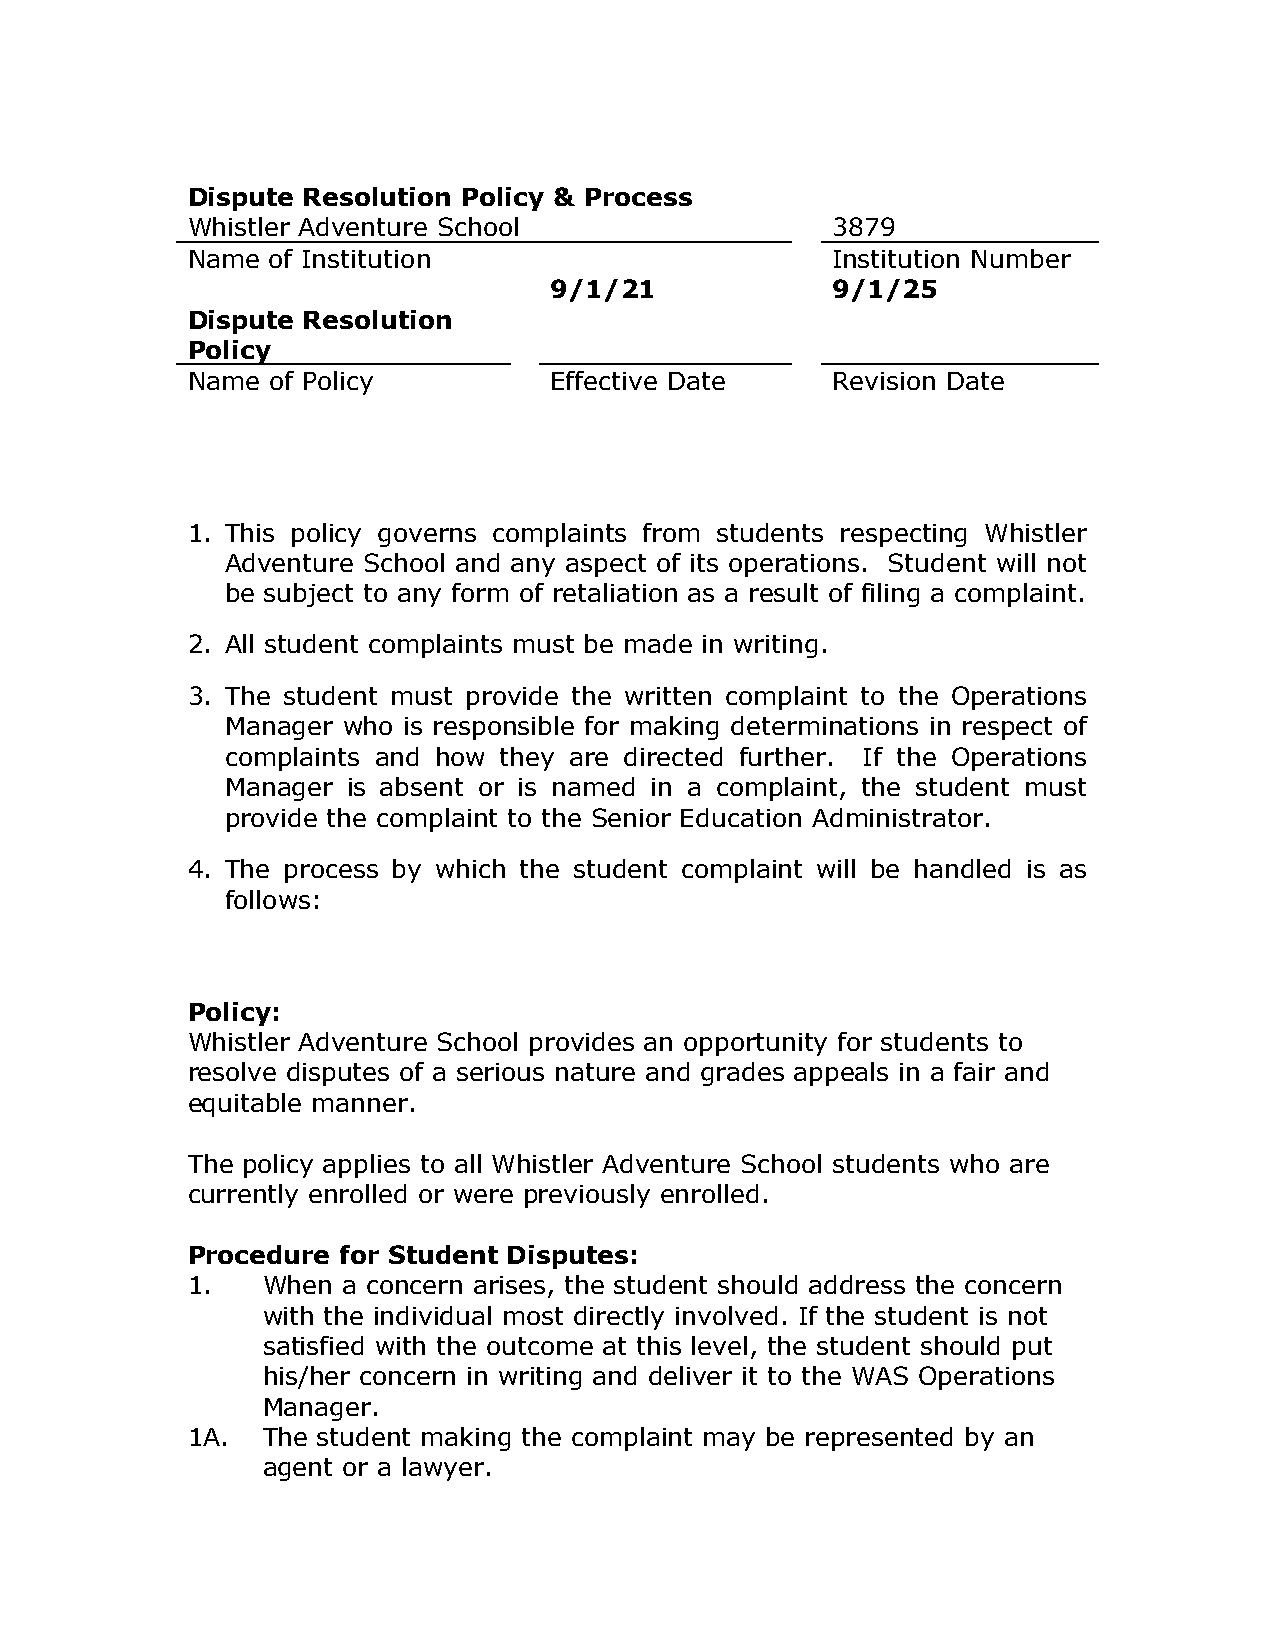
Dispute Resolution Policy & Process
 Whistler Adventure School                  3879
 Name  of Institution                       Institution Number
 9/1/21             9/1/25
 Dispute Resolution
 Policy
 Name  of Policy         Effective Date     Revision Date
 1. This policy governs complaints from students respecting Whistler
 Adventure School and any aspect of its operations. Student will not
 be subject to any form of retaliation as a result of filing a complaint.
 2. All student complaints must be made in writing.
 3. The student must provide the written complaint to the Operations
 Manager who is responsible for making determinations in respect of
 complaints and how they are directed further. If the Operations
 Manager is absent or is named in a complaint, the student must
 provide the complaint to the Senior Education Administrator.
 4. The process by which the student complaint will be handled is as
 follows:
 Policy:
 Whistler Adventure School provides an opportunity for students to
 resolve disputes of a serious nature and grades appeals in a fair and
 equitable manner.
 The policy applies to all Whistler Adventure School students who are
 currently enrolled or were previously enrolled.
 Procedure for Student Disputes:
 1.   When  a concern arises, the student should address the concern
 with the individual most directly involved. If the student is not
 satisfied with the outcome at this level, the student should put
 his/her concern in writing and deliver it to the WAS Operations
 Manager.
 1A.  The student making the complaint may be represented by an
 agent or a lawyer.